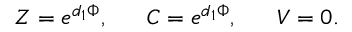
Z = e ^ { d _ { 1 } \Phi } , \ \ \ \ \ C = e ^ { d _ { 1 } \Phi } , \ \ \ \ \ V = 0 .